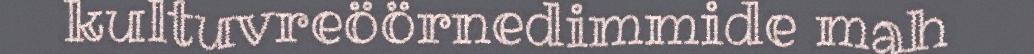
kultuvreöörnedimmide mah